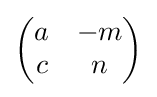
{\begin{pmatrix}a&-m\\c&n\end{pmatrix}}